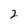
Character: 2